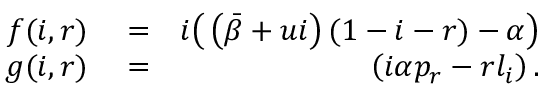
\begin{array} { r l r } { f ( i , r ) } & { { } = } & { i \big ( \left( \bar { \beta } + u i \right) ( 1 - i - r ) - \alpha \big ) } \\ { g ( i , r ) } & { { } = } & { \left( i \alpha p _ { r } - r l _ { i } \right) . } \end{array}